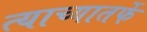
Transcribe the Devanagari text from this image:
त्याच्यातर्फे